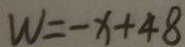
W = - x + 4 8